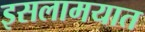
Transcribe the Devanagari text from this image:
इसलामयात